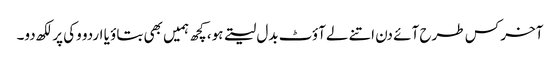
آخر کس طرح آئے دن اتنے لےآؤٹ بدل لیتے ہو، کچھ ہمیں بھی بتاؤ یا اردو وکی پر لکھ دو۔